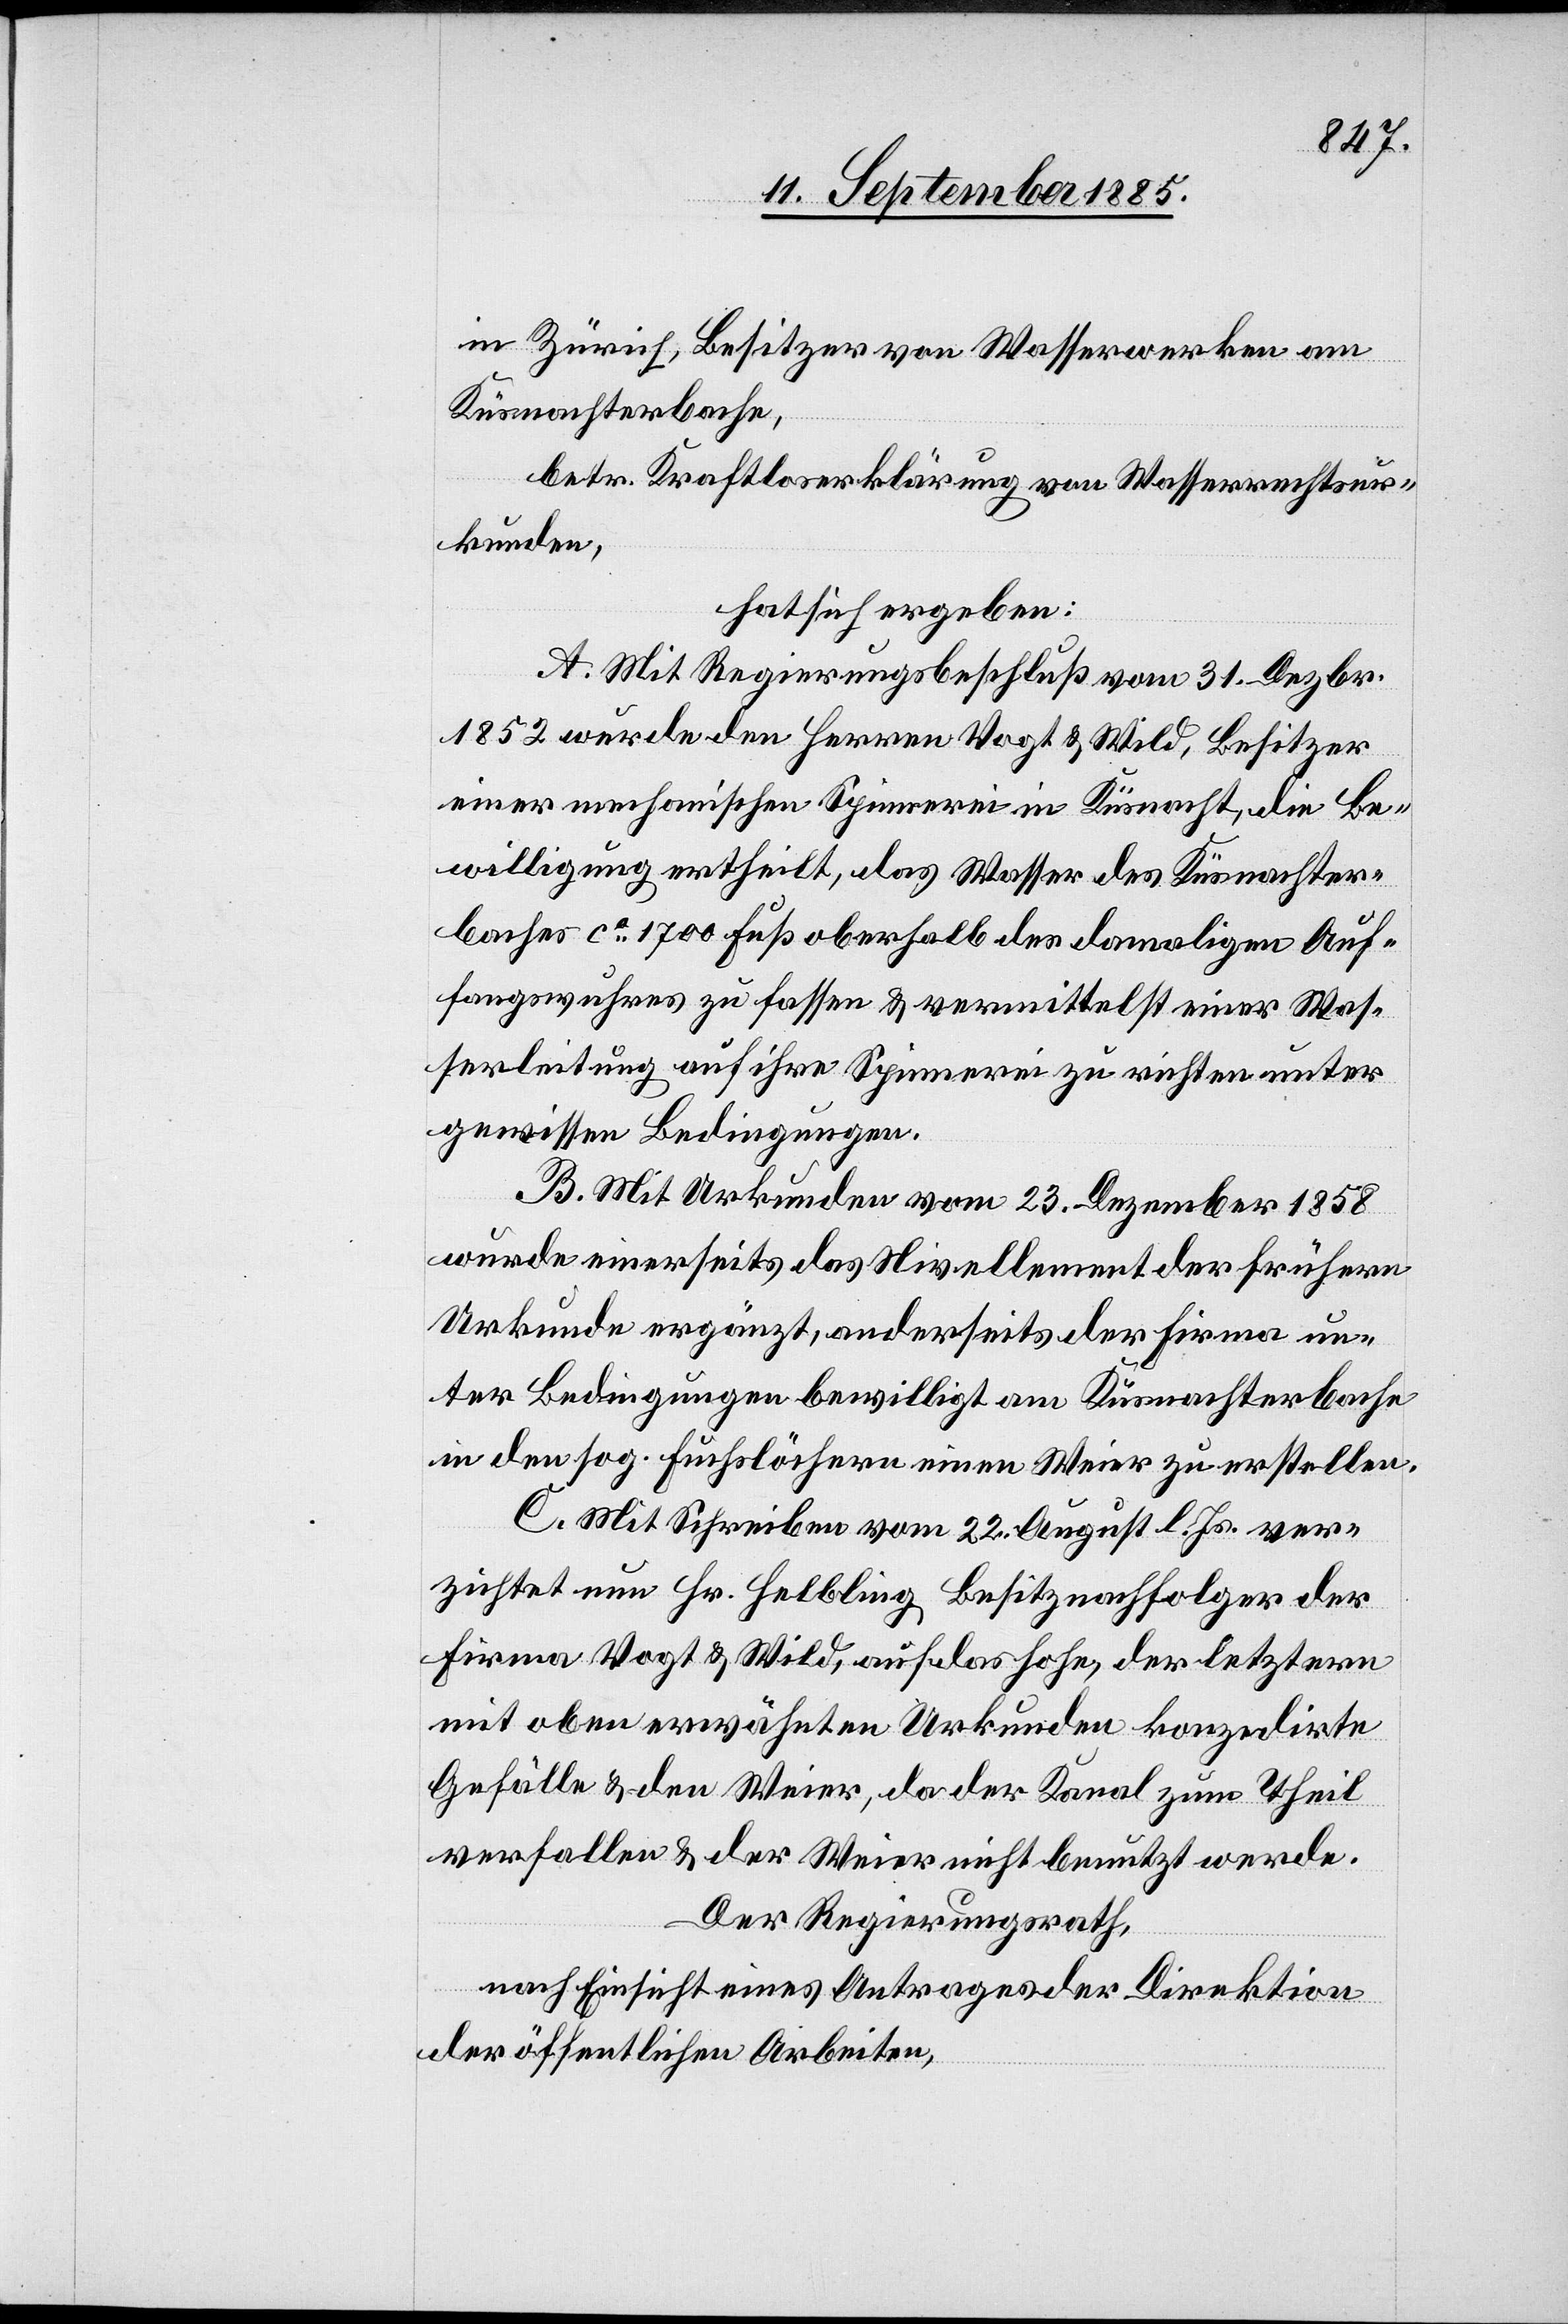
in Zürich, Besitzer von Wasserwerken am
Küsnachterbache,
betr. Kraftloserklärung von Wasserrechtsur¬
kunden,
hat sich ergeben:
A. Mit Regierungsbeschluß vom 31. Dezbr.
1852 wurde den Herren Vogt & Wild, Besitzer
einer mechanischen Spinnerei in Küsnacht, die Be¬
willigung ertheilt, das Wasser des Küsnachter¬
baches ca 1700 Fuß oberhalb des damaligen Auf¬
fangswuhres zu fassen & vermittelst einer Was¬
serleitung auf ihre Spinnerei zu richten unter
gewissen Bedingungen.
B. Mit Urkunden vom 23. Dezember 1858
wurde einerseits das Nivellement der frühern
Urkunde ergänzt, anderseits der Firma un¬
ter Bedingungen bewilligt am Küsnachterbache
in den sog. Hülfslöchern einen Weier zu erstellen.
C. Mit Schreiben vom 22. August l. Js. ver¬
zichtet nun Hr. Helbling, Besitznachfolger der
Firma Vogt & Wild, auf das hohe, der letztern
mit oben erwähnten Urkunden konzedirte
Gefälle & den Weier, da der Kanal zum Theil
verfallen & der Weier nicht benutzt werde.
Der Regierungsrath,
nach Einsicht eines Antrages der Direktion
der öffentlichen Arbeiten,